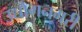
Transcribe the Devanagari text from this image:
उद्योगनगरी